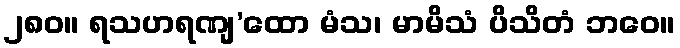
၂၈၀။ ရသဟရဏျ’ထော မံသ၊ မာမိသံ ပိသိတံ ဘဝေ။